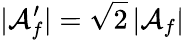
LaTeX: |{\cal A}_{f}^{\prime}|=\sqrt{2}\, |{\cal A}_{f}|